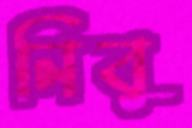
নিবু